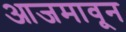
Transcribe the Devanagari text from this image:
आजमावून